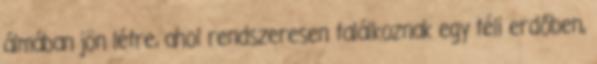
álmában jön létre, ahol rendszeresen találkoznak egy téli erdőben,